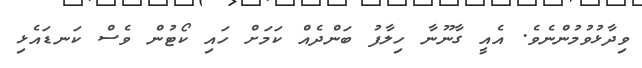
ވިދާޅުވުމުންނެވެ. އެއީ ގާނޫނާ ހިލާފު ބަންދެއް ކަމަށް ހައި ކޯޓުން ވެސް ކަނޑައެޅި